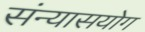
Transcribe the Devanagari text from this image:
संन्यासयोग